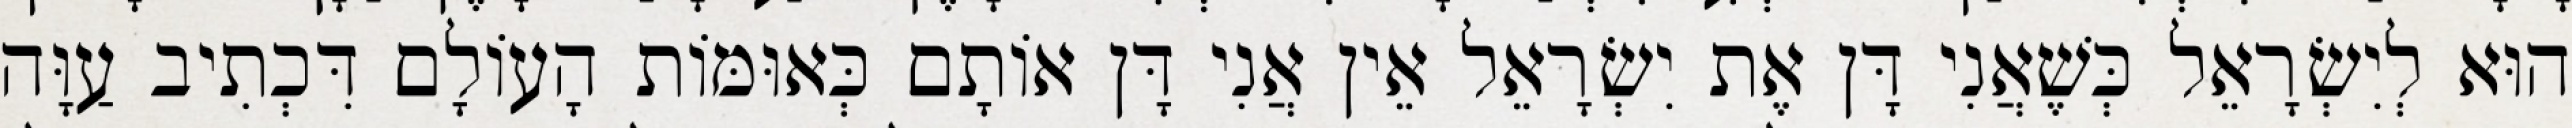
הוּא לְיִשְׂרָאֵל כְּשֶׁאֲנִי דָּן אֶת יִשְׂרָאֵל אֵין אֲנִי דָּן אוֹתָם כְּאוּמּוֹת הָעוֹלָם דִּכְתִיב עַוָּה